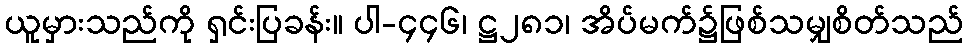
ယူမှားသည်ကို ရှင်းပြခန်း။ ပါ-၄၄၆၊ ဋ္ဌ၂၈၁၊ အိပ်မက်၌ဖြစ်သမျှစိတ်သည်